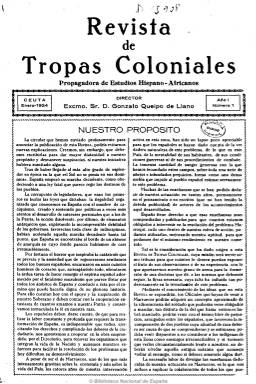
Título: Revista de tropas coloniales
Colección: África
Ámbito geográfico: Ceuta
Lugar de publicación: Ceuta
Fechas: 01/01/1924-01/01/1926

Publicada a partir de enero de 1924, con frecuencia mensual y el subtítulo “propagadora de estudios hispano-africanos”, es fundada y dirigida por el entonces general de brigada y comandante general de Ceuta Gonzalo Queipo de Llano (1875-1951), apareciendo como los dos miembros de su consejo de dirección el entonces teniente coronel y primer jefe de la Legión y futuro Jefe del Estado español, Francisco Franco (1892-1975) y el también militar Silverio Cañadas, y director artístico, el capitán de artillería Luis Martí, congregando en sus páginas al grupo de militares africanistas que después conspiraría contra la II República Española e integraría el grueso de golpistas del 18 de julio de 1936. La revista supuso el rompimiento de los lazos del africanismo romántico de la Restauración, pasando a canalizar una nueva doctrina de acción político-militar, propiciando un discurso crítico con el africanismo precedente a través del cual una serie de mandos del Ejército se creen obligados a intervenir en la resolución del denominado problema marroquí y colonial español.

Franco, que dos años antes había publicado su libro Marruecos: diario de una bandera, narrando sus peripecias como comandante de la primera bandera del Tercio, llevará a cabo a través de esta revista su primera y prolongada experiencia periodística de su vida -posteriormente, en los primeros años de la posguerra civil española escribirá algunos artículos, bajo seudónimo, en el diario madrileño Arriba, además de su libro Raza-, siendo de capital relevancia el artículo que publica en el número de abril de 1924 bajo el título “Pasividad e inacción”, en el que muestra su enfrentamiento con la política marroquí del Directorio Militar primoriverista que se había erigido pocos meses antes. Las desavenencias de este grupo de oficiales en Marruecos con Miguel Primo de Rivera (1870-1930), en torno a una revista constituida como órgano político de presión del militarismo africanista contrario a replegarse, originará pronto el traslado de Queipo de Llano a Cádiz y su sustitución como comandante general de Ceuta por el general Luis Bermúdez de Castro y Tomás (1864-1957), que en el número de julio de 1924 de la revista aparece como director honorario, mientras que Queipo lo hace como fundador, regresando éste de nuevo a las pocas semanas a Marruecos.

Franco asumirá la dirección de la publicación en enero de 1925, apareciendo como su primer redactor-jefe, el comandante de infantería José Valdés Martel, y como su primer editor, Arturo Sierra Serrano. Durante los meses de septiembre a diciembre de este año, quien ya había sido ascendido a coronel y acrecentado su fama como “soldado audaz” y convertido ya en “caudillo” militar, publicará en sus páginas su nuevo diario –Alhucemas-, con apuntes al natural de Got y acompañado también de dibujos, mapas y fotografías. Para entonces la revista ya había sido declarada de “utilidad” por orden del Ministerio de la Guerra.

Las páginas de la publicación estarán dedicadas a artículos de tipo doctrinal y divulgativo, pero también sobre estrategia, táctica y operaciones militares, junto a otros de naturaleza político-militar y carácter histórico, tanto de las fuerzas militares, especialmente las coloniales, como de historia general, en concreto sobre la España árabe, de costumbres marroquíes, asuntos indígenas, religiosos, antropología, arqueología, cartografía, arte, sobre comunicaciones, economía, industria, sanidad e, incluso, deportes. También publica artículos y reportajes sobre las diferentes plazas militares españolas en el Norte de África o sobre la política colonial francesa. Incluye secciones como “Leyendo periódicos”, especie de revista de la prensa española; Comentarios a la prensa extranjera, Charlas bibliográficas o Revista de libros, La España musulmana, Marruecos pintoresco o Marruecos artístico.

En el grupo inicial de redactores y colaboradores de la revista, además de los ya citados Queipo de Llano y Franco Baamonde –así aparece escrito su segundo apellido de quien será ascendido a general en 1926, siendo el más joven de su rango en Europa-, se encuentran , entre otros muchos, el entonces teniente coronel de infantería Emilio Mola, el general de brigada Leopoldo Ruiz Trillo, el comandante de Estado mayor Abelardo Amil Soto, el auditor de división Manuel del Nido, el coronel de infantería Fermín Galán, el comandante del cuerpo jurídico Antonio Martín de la Escalera, Ramón Franco, Francisco Patxot, Fermín Villalta, Rodolfo Gil Bemumeya Torres, Antonio Goicoechea, José Díaz de Villergas, Tomás García Vigueras, F. Javier Ramos, A. Sánchez Pérez, F. Machuca, J.D. Valenzuela, L. Ruiz Trillo, Felipe Acedo, Alberto Vela, Julio Arbizu, Alfredo Arderius, Juan Valdés, Enrique Ovillo, Enrique Castillo, Alberto Bayo, Federico Pita, José Asenjo, Jacinto Bassols, Enrique Arques, Andrés Allendesalazar, Tomás García Figueras, Luis Pardo, Baldomero Argente, Augusto Barcia, El Tebib Arrumi, o Ramiro de Maeztu, quien escribirá que el Ejército era el “brazo de la unidad nacional” y el garante del “sentimiento de la historia común”.

El volumen de cada entrega es variado, alcanzando hasta las setenta páginas algunas, sobre todo cuando inserta numerosas páginas de publicidad. En general, cada número está en torno a las 26-28 páginas. Las portadas son ilustradas, impresas a varias tintas, con dibujos y acuarelas del pintor granadino Mariano Bertuchi (1884-1955), que había asumido la dirección artística en julio de 1924 y que lleva a cabo una importantísima labor artística y divulgadora dando cuenta tanto de numerosas escenas militares como de costumbres marroquíes en el interior de la revista. La publicación de fotografías, tanto de vistas como ciudades marroquíes, retratos de mandos militares españoles o dirigentes marroquíes, así como los mapas y croquis es también abundante y de capital importancia, tanto histórica como cartográfica. Fue estampada por la Editorial Hércules Artes Gráficas, que tenía delegaciones, además de en Ceuta, en Tetuán, Tánger, Casablanca y Madrid.

En la colección de la Biblioteca Nacional de España falta su primer número. A partir de febrero de 1926 cambia su título al introducir en su cabecera el nombre de África. Véase este título en esta misma Hemeroteca Digital de una revista que, manteniendo la misma estructura y contenidos del mismo carácter, seguirá siendo sostenida por el grupo de militares africanistas encabezados por Queipo y Franco, quien seguirá siendo su director.